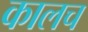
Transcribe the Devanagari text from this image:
कालच